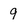
Character: 9